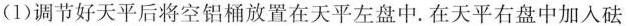
(1)调节好天平后将空铝桶放置在天平左盘中。在天平右盘中加入砝